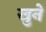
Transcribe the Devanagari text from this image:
खुने